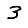
Digit: 3